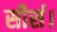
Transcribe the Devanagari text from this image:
सीर्स।